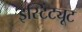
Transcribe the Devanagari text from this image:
इस्टिंट्यूट